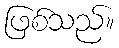
ဖြစ်သည်။